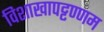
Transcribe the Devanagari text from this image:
विशाखापट्टण्णम